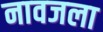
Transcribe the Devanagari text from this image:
नावजला